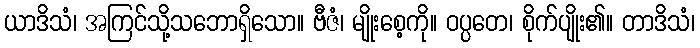
ယာဒိသံ၊ အကြင်သို့သဘောရှိသော။ ဗီဇံ၊ မျိုးစေ့ကို။ ဝပ္ပတေ၊ စိုက်ပျိုး၏။ တာဒိသံ၊